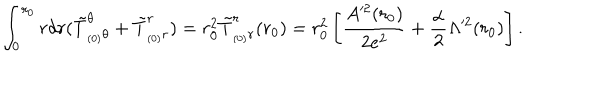
\int _ { 0 } ^ { r _ { 0 } } r d r ( \tilde { T } _ { _ { ( 0 ) } \theta } ^ { \theta } + \tilde { T } _ { _ { ( 0 ) } r } ^ { r } ) = r _ { 0 } ^ { 2 } \tilde { T } _ { _ { ( 0 ) } r } ^ { r } ( r _ { 0 } ) = r _ { 0 } ^ { 2 } \left[ \frac { A ^ { 2 } ( r _ { 0 } ) } { 2 e ^ { 2 } } + \frac { \alpha } { 2 } \Lambda ^ { 2 } ( r _ { 0 } ) \right] .